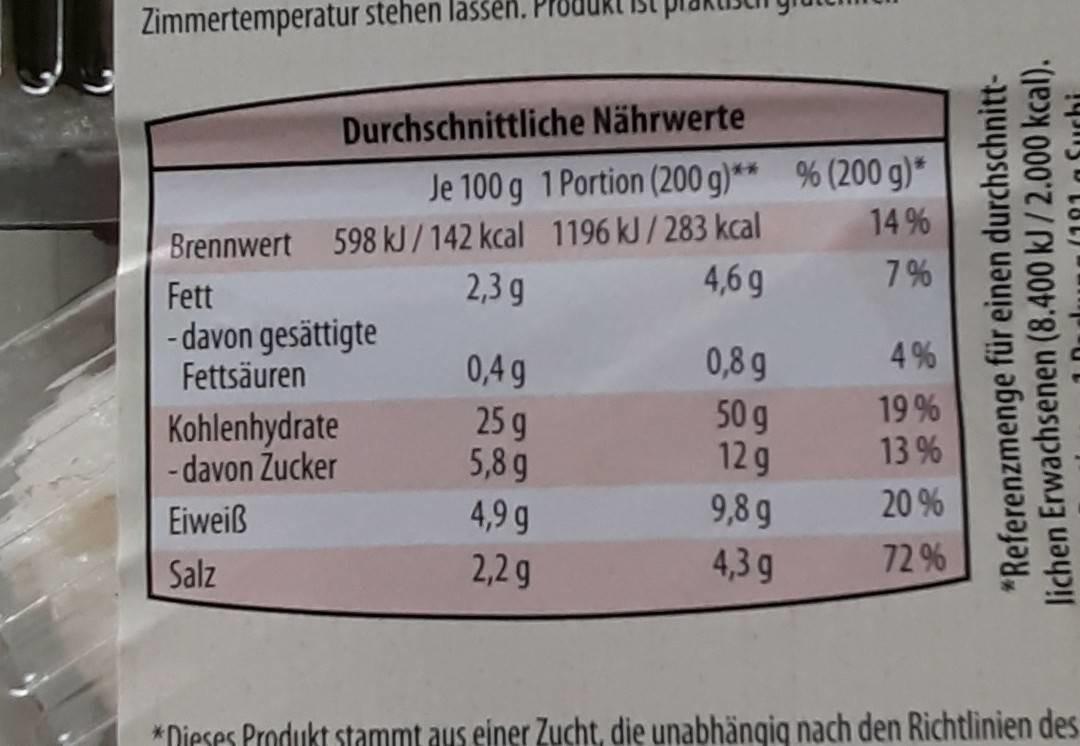
Zimmertemperatur stehen lassen.
Durchschnittliche Nährwerte
Je 100 g 1 Portion (200 g)** % (200 g)* 14 %
Brennwert 598 kJ/142 kcal 1196 kJ/283 kcal 2,3 g
4,6 g
7%
Fett
- davon gesättigte Fettsäuren
4 %
0,8 g 50 g 12g 9,8 g
0,49
Kohlenhydrate - davon Zucker
25 g 5,8 g
19 % 13 %
Eiweiß
4,9 g
20 %
Salz
2,2g
4,3 g
72%
*Dieses Produkt stammt aus einer Zucht, die unabhängig nach den Richtlinien des
*Referenzmenge für einen durchschnitt- lichen Erwachsenen (8.400 kJ/2.000 kcal).